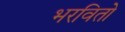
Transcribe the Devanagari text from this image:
भरवितो